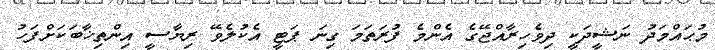
މުޙައްމަދު ނަޝީދަކީ ދިވެހިރާއްޖޭގެ އެންމެ ފުރަތަމަ ގިނަ ޕަޓީ އެކުލެވޭ ރިޔާސީ އިިންތިޚާބަކަށްފަހު